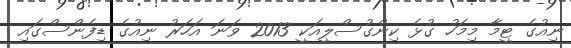
ނިއުގެ ޓީމާ މިމަހު ގުޅެ ކިންގުސްލީއަކީ 2013 ވަނަ އަހަރު ނިއުގެ ޑިފެންސްގައި